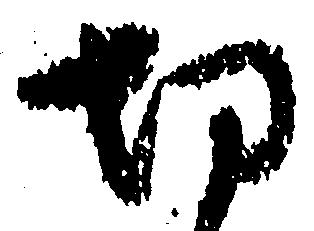
切